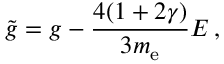
\tilde { g } = g - \frac { 4 ( 1 + 2 \gamma ) } { 3 m _ { \mathrm { e } } } E \, ,